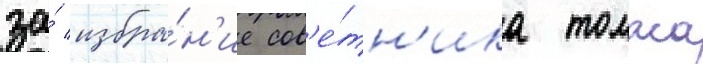
за́ избра́н'ие сов'е́тн'ика томаса